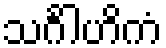
သင်္ဂါဟိကံ